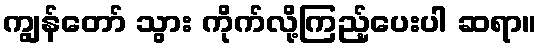
ကျွန်တော် သွား ကိုက်လို့ကြည့်ပေးပါ ဆရာ။